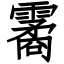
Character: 霱